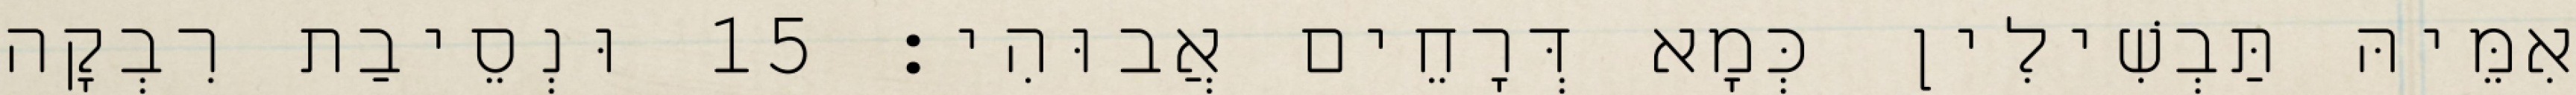
אִמֵּיהּ תַּבְשִׁילִין כְּמָא דְּרָחֵים אֲבוּהִי׃ 15 וּנְסֵיבַת רִבְקָה